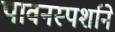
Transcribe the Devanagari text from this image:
पावनस्पर्शाने